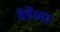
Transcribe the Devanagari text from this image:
बेर्डेच्या